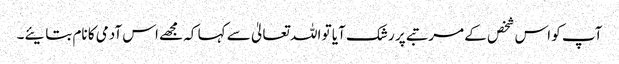
آپ کو اس شخص کے مرتبے پر رشک آیا تو اللہ تعالیٰ سے کہا کہ مجھے اس آدمی کا نام بتایئے۔